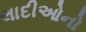
લાદીઓનો